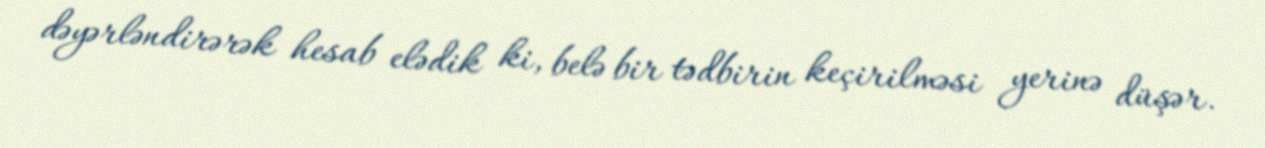
dəyərləndirərək hesab elədik ki, belə bir tədbirin keçirilməsi yerinə düşər.